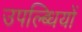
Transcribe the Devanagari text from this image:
उपल्ब्धियों